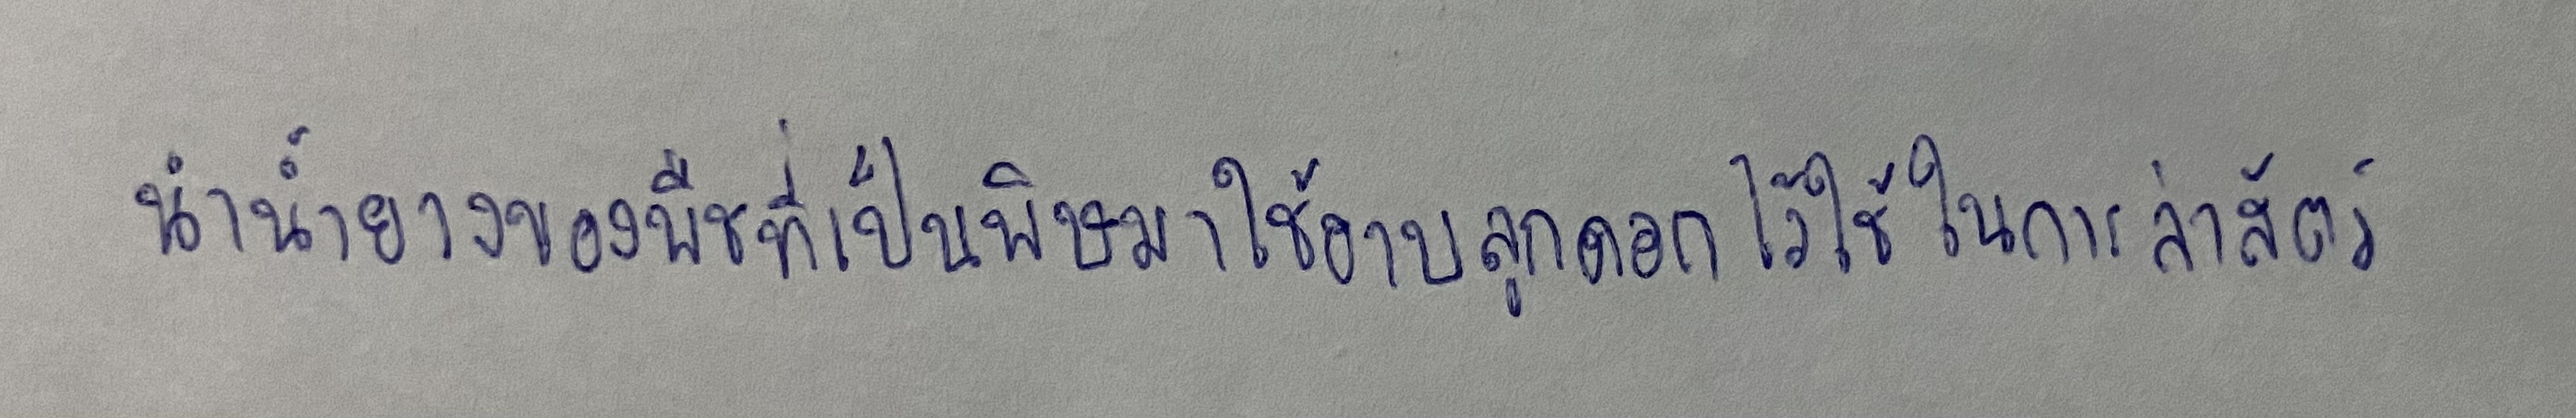
นำน้ำยางของพืชที่เป็นพิษมาใช้อาบลูกดอกไว้ใช้ในการล่าสัตว์